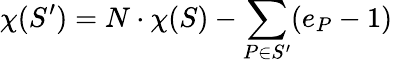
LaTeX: \chi(S^{\prime})=N\cdot\chi(S)-\sum_{P\in S^{\prime}}(e_{P}-1)